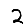
Digit: 2